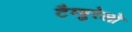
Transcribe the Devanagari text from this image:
टैम्बुरेलो